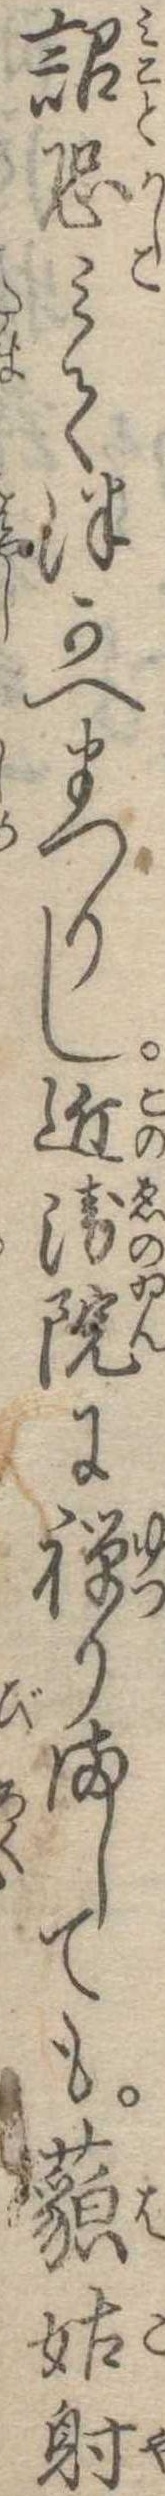
詔恐みてつかへまつりし近衛院に禅りましても藐姑射